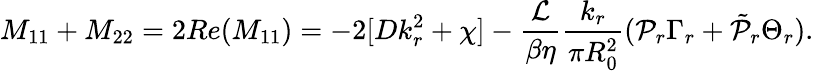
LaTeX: M_{11}+M_{22}=2Re(M_{11})=-2[Dk_{r}^{2}+\chi]-\frac{\mathcal{L}}{\beta\eta}\frac{k_{r}}{\pi R_{0}^{2}}(\mathcal{P}_{r}\Gamma_{r}+\tilde{\mathcal{P}}_{r}\Theta_{r}).